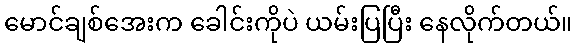
မောင်ချစ်အေးက ခေါင်းကိုပဲ ယမ်းပြပြီး နေလိုက်တယ်။